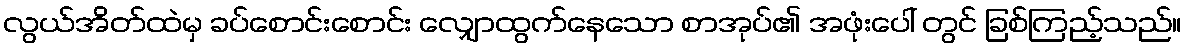
လွယ်အိတ်ထဲမှ ခပ်စောင်းစောင်း လျှောထွက်နေသော စာအုပ်၏ အဖုံးပေါ် တွင် ခြစ်ကြည့်သည်။